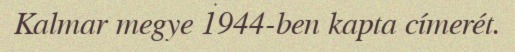
Kalmar megye 1944-ben kapta címerét.